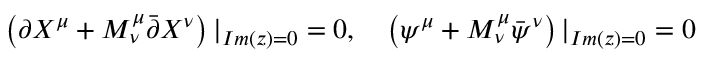
\left( \partial X ^ { \mu } + M _ { \nu } ^ { \mu } \bar { \partial } X ^ { \nu } \right) | _ { I m ( z ) = 0 } = 0 , \quad \left( \psi ^ { \mu } + M _ { \nu } ^ { \mu } \bar { \psi } ^ { \nu } \right) | _ { I m ( z ) = 0 } = 0